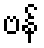
ဗန်